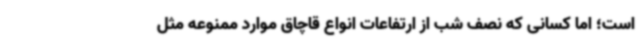
است؛ اما کسانی که نصف شب از ارتفاعات انواع قاچاق موارد ممنوعه مثل